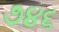
૭૪૬